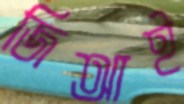
জিআই